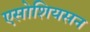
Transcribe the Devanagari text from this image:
एसोशियसन